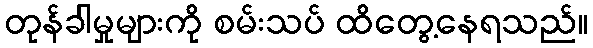
တုန်ခါမှုများကို စမ်းသပ် ထိတွေ့နေရသည်။